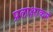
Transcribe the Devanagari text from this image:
प्रलाक्षाकर्म